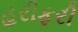
હરીફરી